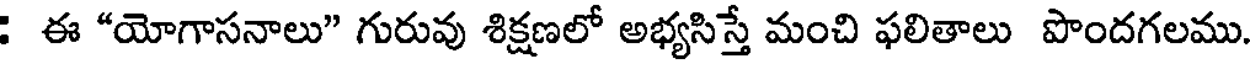
: ఈ "యోగాసనాలు" గురువు శిక్షణలో అభ్యసిస్తే మంచి ఫలితాలు పొందగలము.